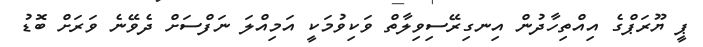
ޕީ ޔޫރަޕްގެ އިއްތިހާދުން އިނގިރޭސިވިލާތް ވަކިވުމަކީ އަމިއްލަ ނަފްސަށް ދެވޭނެ ވަރަށް ބޮޑު